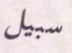
سبيل